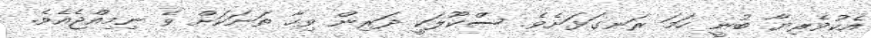
އެކުވެރިޔާ ބުނީ ހަމަ ރަނގަޅަށެވެ. ސްކޫލަކީ ދަރިން ވިހާ ތަނަކަށް ވެ ނިމިއްޖެއެވެ.